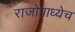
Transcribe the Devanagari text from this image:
राजोपाध्येच